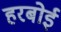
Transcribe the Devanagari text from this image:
हरबोई